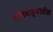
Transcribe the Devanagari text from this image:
भोईवाड्यातील